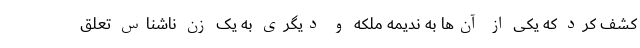
کشف کرد که یکی از آن‌ها به ندیمه ملکه و دیگری به یک زن ناشناس تعلق